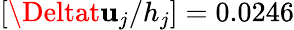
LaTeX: [\Deltat\mathbf{u}_{j}/h_{j}]=0.0246